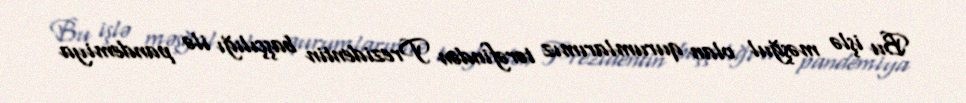
Bu işlə məşğul olan qurumlarımız tərəfindən Prezidentin başçılığı ilə pandemiya